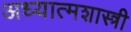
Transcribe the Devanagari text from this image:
अध्यात्मशास्त्री